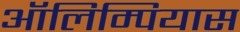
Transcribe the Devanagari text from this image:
ऑलिम्पियास